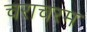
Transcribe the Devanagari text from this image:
चराचरम